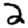
Digit: 2